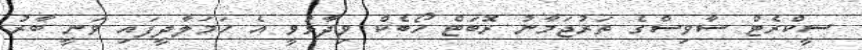
ސީކްރެޓް ސާވިސްގެ ތަރުޖަމާނު ރޮބަޓް ހޯބެކް ވިދާޅުވީ އެ ހަމަލާދީފައި ވަނީ ބާރު